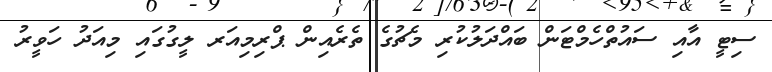
ސިޓީ އާއި ސައުތްހެމްޓަން ބައްދަލުކުރި މެޗުގެ ތެރެއިން ޕްރިމިއަރ ލީގުގައި މިއަދު ހަވީރު